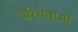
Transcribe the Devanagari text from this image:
वरियताओं